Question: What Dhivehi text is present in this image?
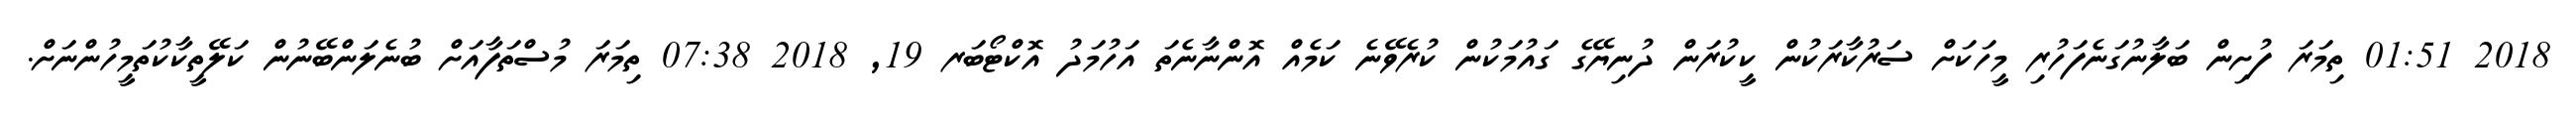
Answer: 2018 01:51 ތިމަރަ ފުށިން ބަލާނުގަނެފަހުރި މީހަކަށް ސަރުކާރަކުން ކީކުރަން ދުނިޔޭގެ ގައުމަކުން ކުރެވޭނެ ކަމެއް އޮންނާނެތަ އަހުމަދު އޮކްޓޯބަރ 19, 2018 07:38 ތިމަރަ މުސްތަފާއަށް ބުނެލަންބޭނުން ކަލޭތީކާކުތަމީހުންނަށް.